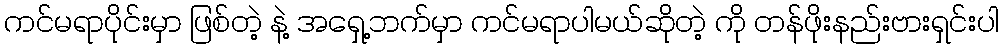
ကင်မရာပိုင်းမှာ ဖြစ်တဲ့ နဲ့ အရှေ့ဘက်မှာ ကင်မရာပါမယ်ဆိုတဲ့ ကို တန်ဖိုးနည်းဗားရှင်းပါ